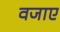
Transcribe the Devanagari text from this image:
वजाए